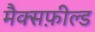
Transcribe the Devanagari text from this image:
मैक्सफ़ील्ड